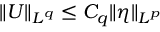
\| U \| _ { L ^ { q } } \le C _ { q } \| \eta \| _ { L ^ { p } }